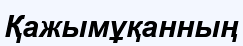
Қажымұқанның